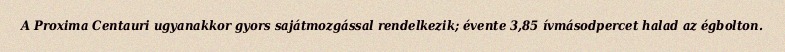
A Proxima Centauri ugyanakkor gyors sajátmozgással rendelkezik; évente 3,85 ívmásodpercet halad az égbolton.